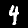
Label: 4